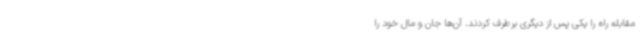
مقابله راه را یکی پس از دیگری برطرف کردند. آن‌ها جان و مال خود را